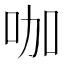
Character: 咖